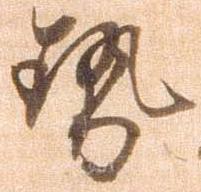
勢